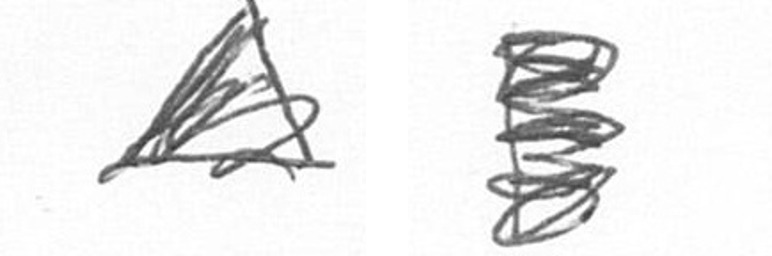
O H